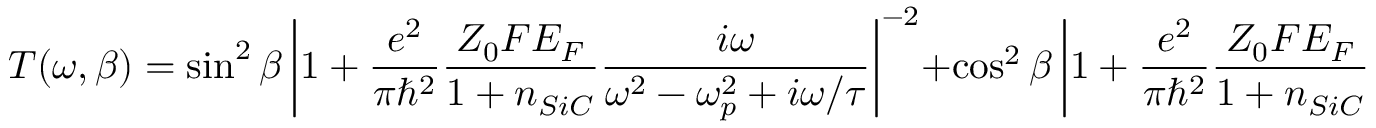
T ( \omega , \beta ) = \sin ^ { 2 } \beta \left| 1 + \frac { e ^ { 2 } } { \pi \hbar ^ { 2 } } \frac { Z _ { 0 } F E _ { F } } { 1 + n _ { S i C } } \frac { i \omega } { \omega ^ { 2 } - \omega _ { p } ^ { 2 } + i \omega / \tau } \right| ^ { - 2 } + \cos ^ { 2 } \beta \left| 1 + \frac { e ^ { 2 } } { \pi \hbar ^ { 2 } } \frac { Z _ { 0 } F E _ { F } } { 1 + n _ { S i C } } \frac { i \omega } { \omega ^ { 2 } + i \omega / \tau } \right| ^ { - 2 } .